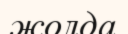
жолда